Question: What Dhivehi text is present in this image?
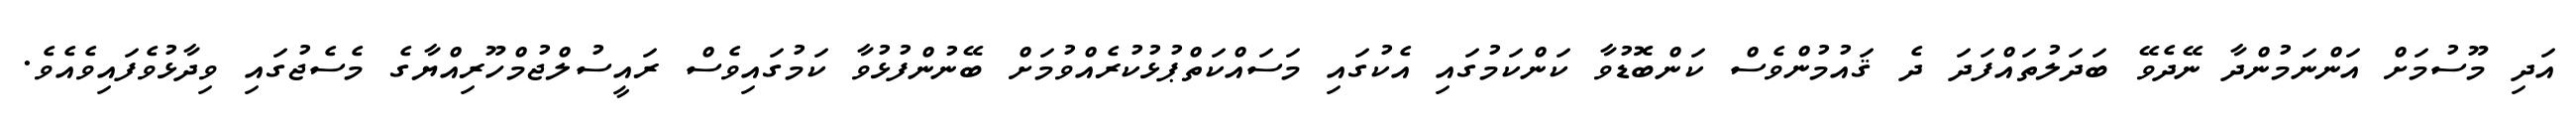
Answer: އަދި މޫސުމަށް އަންނަމުންދާ ނޭދެވޭ ބަދަލުތައްފަދަ ދެ ޤައުމުންވެސް ކަންބޮޑުވާ ކަންކަމުގައި އެކުގައި މަސައްކަތްޕުޅުކުރެއްވުމަށް ބޭނުންފުޅުވާ ކަމުގައިވެސް ރައީސުލްޖުމްހޫރިއްޔާގެ މެސެޖުގައި ވިދާޅުވެފައިވެއެވެ.